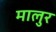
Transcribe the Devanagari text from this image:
मालुर